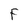
Character: F